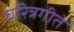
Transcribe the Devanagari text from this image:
चरित्रगीते